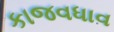
કાજવધાવ